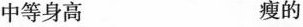
中等身高 瘦的